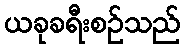
ယခုခရီးစဉ်သည်